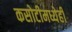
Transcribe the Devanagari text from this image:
कसोटीमध्येही